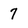
Character: 7